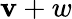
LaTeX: \mathbf{v}+w